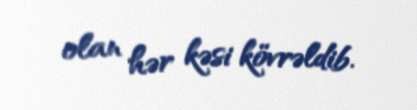
olan hər kəsi kövrəldib.